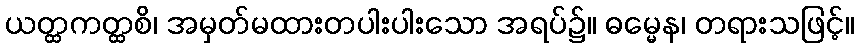
ယတ္ထကတ္ထစိ၊ အမှတ်မထားတပါးပါးသော အရပ်၌။ ဓမ္မေန၊ တရားသဖြင့်။